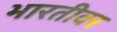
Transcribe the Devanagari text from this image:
भारतीवर